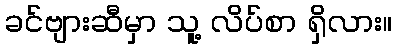
ခင်ဗျားဆီမှာ သူ့ လိပ်စာ ရှိလား။